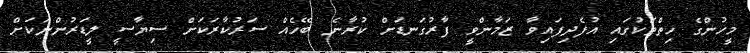
މީހުންގެ ހިތްތަކުގައި އުފެދިފައިވާ ޒަމާންވީ ފާރުގަނޑަށް ކުރާނެ ބޭހެއް ސަރުކާރަކަށް ސިޔާސީ ލީޑަރުންނަކަށް